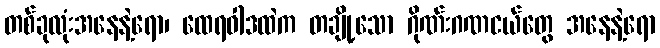
တစ်ခုလုံးအနေနဲ့ရော၊ ထေရဝါဒထဲက တချို့သော ဂိုဏ်းဂဏငယ်တွေ အနေနဲ့ရော